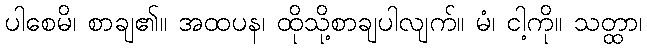
ပါစေမိ၊ စာချ၏။ အထပန၊ ထိုသို့စာချပါလျက်။ မံ၊ ငါ့ကို။ သတ္ထာ၊